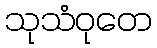
သုသံဝုတေ